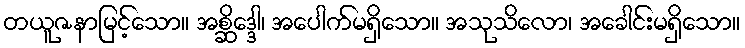
တယူဇနာမြင့်သော။ အစ္ဆိဒ္ဒေါ၊ အပေါက်မရှိသော။ အသုသိလော၊ အခေါင်းမရှိသော။